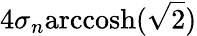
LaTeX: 4\sigma_{n}\textrm{arccosh}(\sqrt{2})